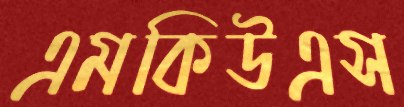
এমকিউএস